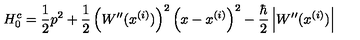
H _ { 0 } ^ { c } = \frac { 1 } { 2 } p ^ { 2 } + \frac { 1 } { 2 } \left( W ^ { \prime \prime } ( x ^ { ( i ) } ) \right) ^ { 2 } \left( x - x ^ { ( i ) } \right) ^ { 2 } - \frac { \hbar } { 2 } \left| W ^ { \prime \prime } ( x ^ { ( i ) } ) \right|